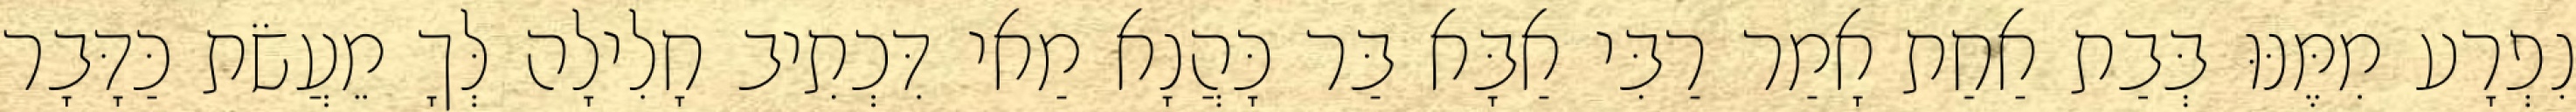
נִפְרָע מִמֶּנּוּ בְּבַת אַחַת אָמַר רַבִּי אַבָּא בַּר כָּהֲנָא מַאי דִּכְתִיב חָלִילָה לְּךָ מֵעֲשֹׂת כַּדָּבָר